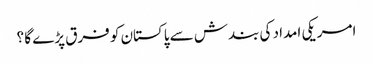
امریکی امداد کی بندش سے پاکستان کو فرق پڑے گا ؟